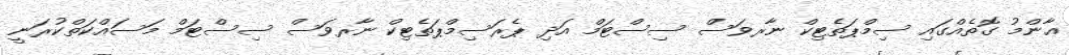
ޢާންމު ގޮތެއްގައި ސިމްޕަތެޓިކް ނާރވަސް ސިސްޓަމް އަދި ޕެރަސިމްޕަތެޓިކް ނާރވަސް ސިސްޓަމް މަސައްކަތްކުރަނީ